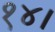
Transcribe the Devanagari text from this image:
१४।